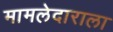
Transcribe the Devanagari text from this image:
मामलेदाराला